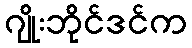
ဂျိုးဘိုင်ဒင်က